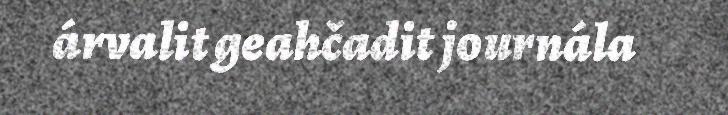
árvalit geahčadit journála